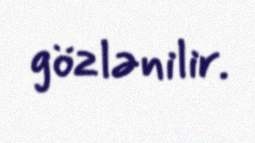
gözlənilir.